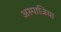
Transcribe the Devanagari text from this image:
अस्पाजिया